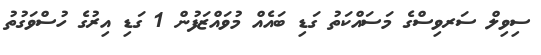
ސިވިލް ސަރވިސްގެ މަސައްކަތު ގަޑި ބައެއް މުވައްޒަފުން 1 ގަޑި އިރުގެ ހުސްވަގުތު